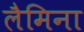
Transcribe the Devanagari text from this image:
लैमिना